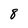
Character: 8